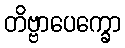
တိဗ္ဗာပေက္ခော